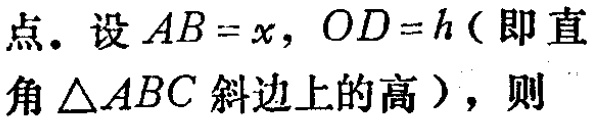
点。设\(AB = x\)，\(OD = h\)（即直角\(\triangle ABC\)斜边上的高），则